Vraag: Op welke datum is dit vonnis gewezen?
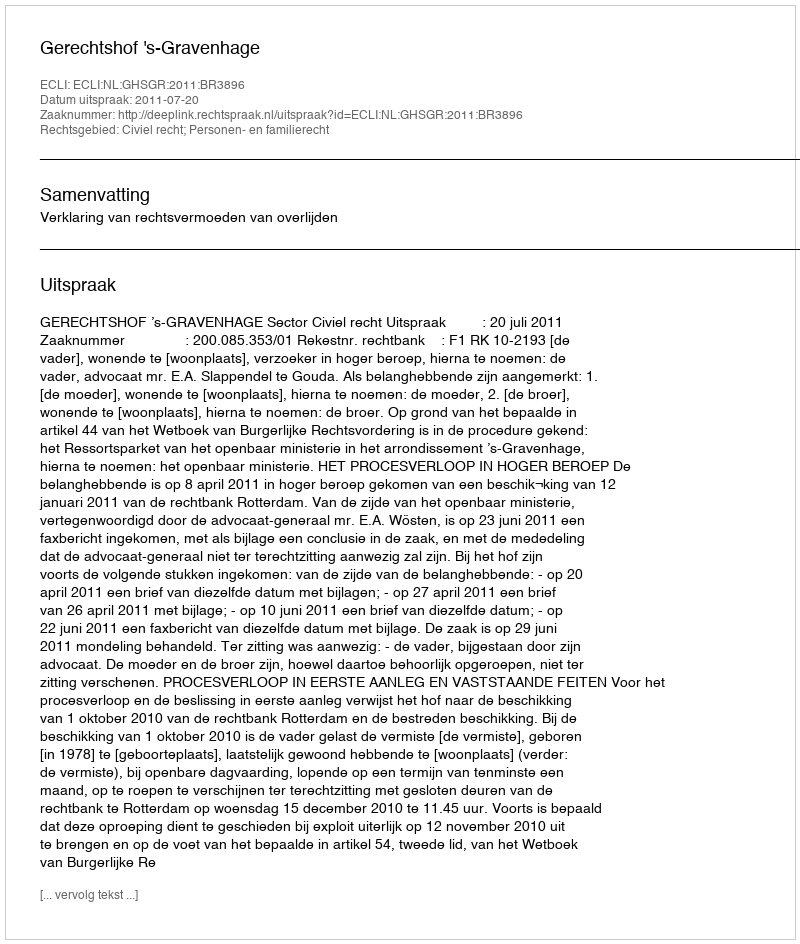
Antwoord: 2011-07-20